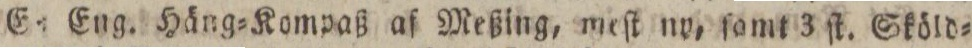
Es Eng. Häng=Kompaß af Meßing, meſt ny, ſamt 3 ſt. Sköld=